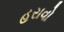
હરાવો